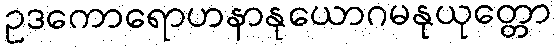
ဥဒကောရောဟနာနုယောဂမနုယုတ္တော